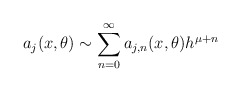
\begin{align*}a_j(x,\theta) \sim \sum_{n = 0}^\infty a_{j,n}(x,\theta) h^{\mu + n} \end{align*}